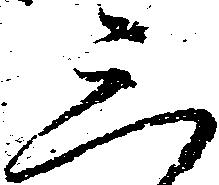
三